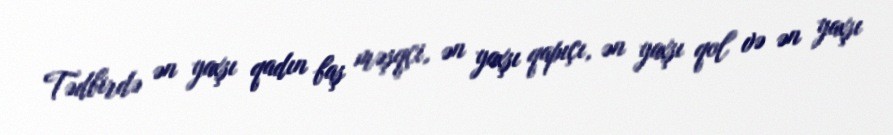
Tədbirdə ən yaxşı qadın baş məşqçi, ən yaxşı qapıçı, ən yaxşı qol və ən yaxşı